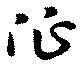
征